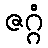
ဇဂ္ဂံ